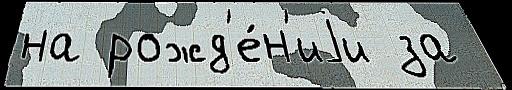
на рожд'е́н'иjи за